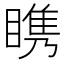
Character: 𪾷